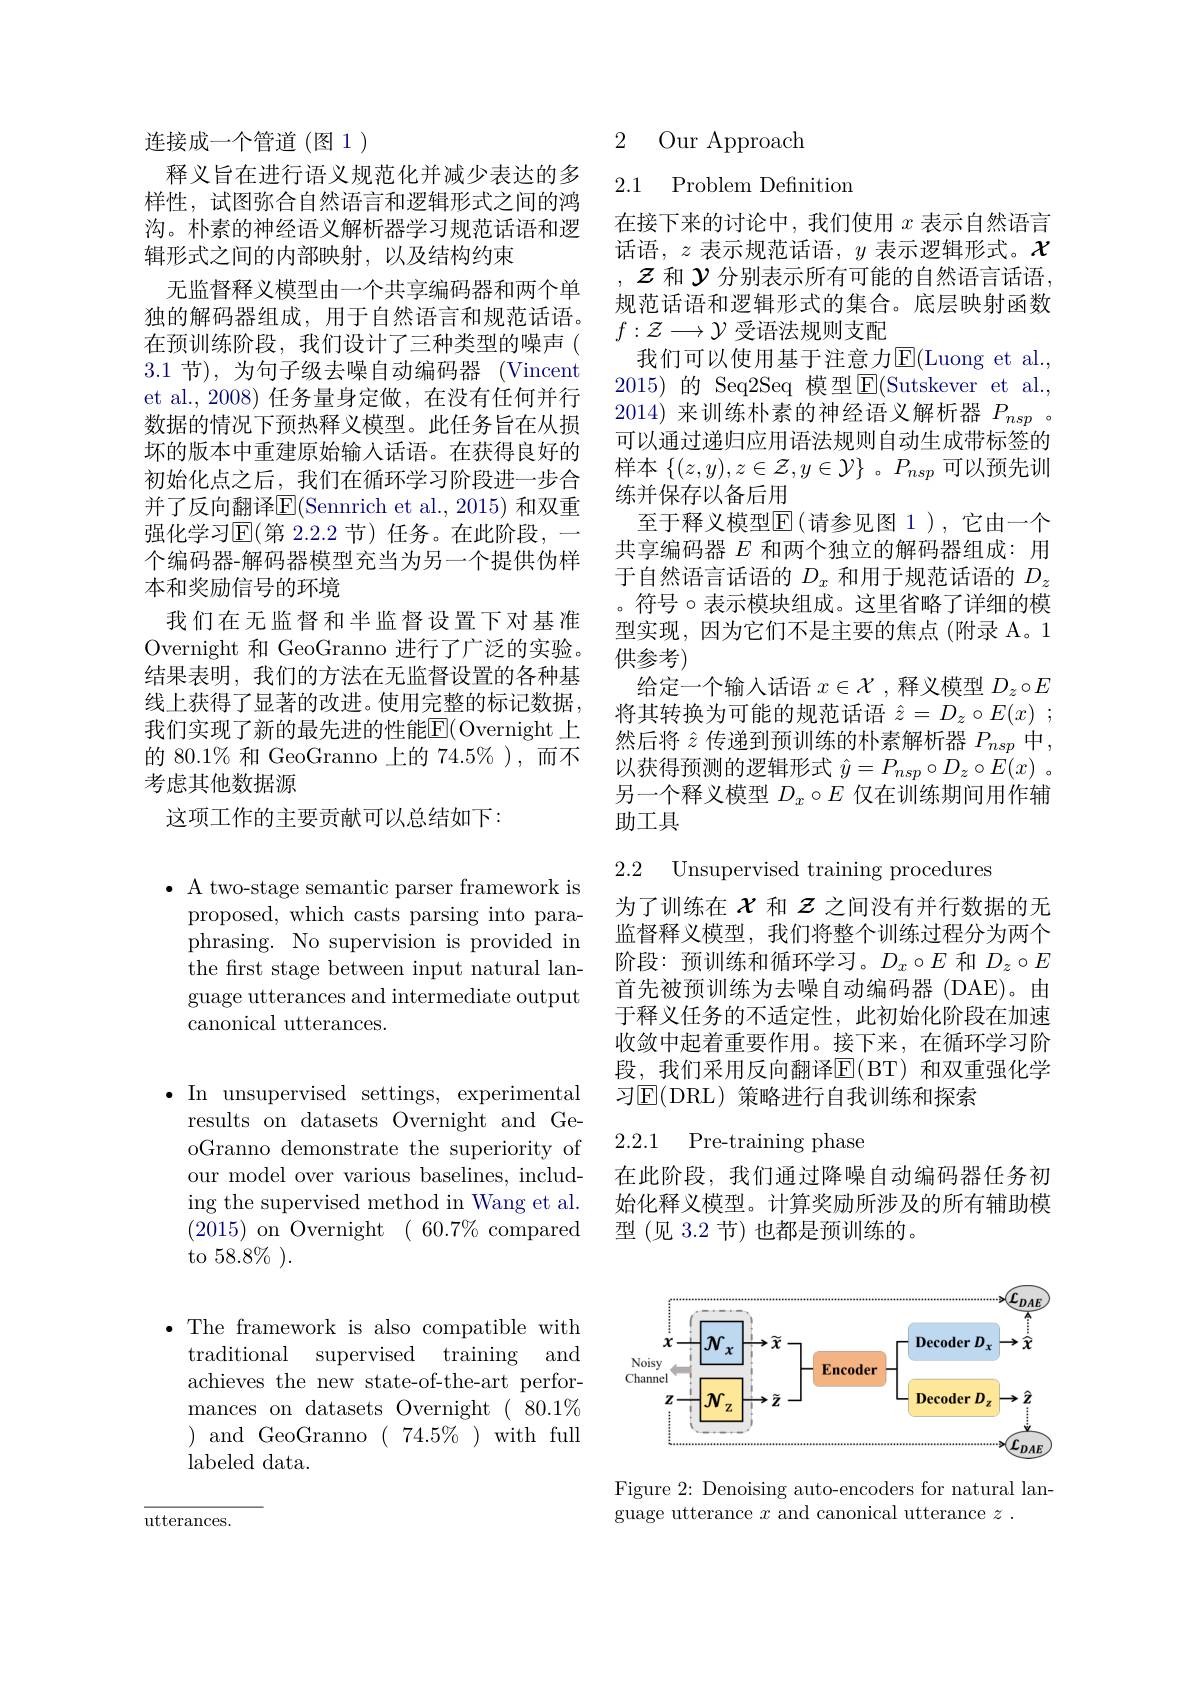
连接成一个管道(图1)
释义旨在进行语义规范化并减少表达的多样性，试图弥合自然语言和逻辑形式之间的鸿沟。朴素的神经语义解析器学习规范话语和逻辑形式之间的内部映射，以及结构约束
无监督释义模型由一个共享编码器和两个单独的解码器组成，用于自然语言和规范话语。在预训练阶段，我们设计了三种类型的噪声( 3.1节), 为句子级去噪自动编码器 (Vincent et al., 2008) 任务量身定做，在没有任何并行数据的情况下预热释义模型。此任务旨在从损坏的版本中重建原始输人话语。在获得良好的初始化点之后，我们在循环学习阶段进一步合并了反向翻译$\overline{\mathrm{E}}($Sennrich et al., 2015) 和双重强化学习$\overline{\mathrm{E}}($第 2.2.2 节) 任务。在此阶段，一个编码器-解码器模型充当为另一个提供伪样本和奖励信号的环境
我们在无监督和半监督设置下对基准Overnight 和 GeoGranno 进行了广泛的实验。结果表明，我们的方法在无监督设置的各种基线上获得了显著的改进。使用完整的标记数据， 我们实现了新的最先进的性能E$( Overnight\_$上的 80.1% 和 GeoGranno 上的 74.5% ),而不考虑其他数据源
这项工作的主要贡献可以总结如下：

$\bullet$ A two-stage semantic parser framework is proposed, which casts parsing into paraphrasing. No supervision is provided in the first stage between input natural language utterances and intermediate output canonical utterances.

$\bullet$ In unsupervised settings, experimental results on datasets Overnight and GeoGranno demonstrate the superiority of our model over various baselines, including the supervised method in Wang et al. (2015) on Overnight$(60.7\%$compared to $58.8\%).$

$\bullet$ The framework is also compatible with
traditional supervised training and achieves the new state-of-the-art performances on datasets Overnight $(80.1\%$ ${\mathrm{~and~GeoGranno~(~74.5\%~)~with~full}}$ labeled data.

utterances.

2 Our Approach

2.1 Problem Definition

在接下来的讨论中，我们使用$x$表示自然语言话语，$z$表示规范话语，$y$表示逻辑形式。$\mathcal{X}$ $\mathcal{Z}$和$\mathcal{Y}$分别表示所有可能的自然语言话语， 规范话语和逻辑形式的集合。底层映射函数$f:\mathcal{Z}\longrightarrow\mathcal{Y}$受语法规则支配
我们可以使用基于注意力$\operatorname{E}($Luong et al., 2015) 的 Seq2Seq 模型$\overline{\mathrm{E}}($Sutskever et al., 2014) 来训练朴素的神经语义解析器$P_{nsp}$ 。可以通过递归应用语法规则自动生成带标签的样本$\{(z,y),z\in\mathcal{Z},y\in\mathcal{Y}\}$ 。$P_nsp$可以预先训练并保存以备后用
至于释义模型$\operatorname{E}($请参见图 1),它由一个共享编码器$E$和两个独立的解码器组成：用于自然语言话语的$D_x$和用于规范话语的$D_z$ 。符号$\circ$表示模块组成。这里省略了详细的模型实现，因为它们不是主要的焦点(附录 A。1供参考)
给定一个输入话语$x\in\mathcal{X}$ ,释义模型$D_z\circ E$ 将其转换为可能的规范话语$\hat{z} = D_z\circ E( x)$ ; 然后将$\hat{z}$传递到预训练的朴素解析器$P_nsp$中， 以获得预测的逻辑形式$\hat{y} = P_{nsp}\circ D_z\circ E( x)$ . 另一个释义模型$D_x\circ E$仅在训练期间用作辅助工具

2.2 Unsupervised training procedures

为了训练在$\chi$和$z$之间没有并行数据的无监督释义模型，我们将整个训练过程分为两个阶段：预训练和循环学习。$D_x\circ E$和$D_z\circ E$ 首先被预训练为去噪自动编码器 (DAE)。由于释义任务的不适定性，此初始化阶段在加速收敛中起着重要作用。接下来，在循环学习阶段，我们采用反向翻译E( BT) 和双重强化学习$\operatorname{E}($DRL)策略进行自我训练和探索

### 2.2.1 Pre-training phase

在此阶段，我们通过降噪自动编码器任务初始化释义模型。计算奖励所涉及的所有辅助模型(见 3.2 节)也都是预训练的。

<FigureHere>

Figure 2: Denoising auto-encoders for natural lan-
guage utterance $x$ and canonical utterance $z$